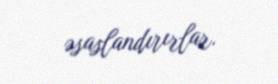
əsaslandırırlar.